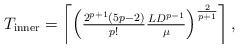
LaTeX: \begin{align*}T_{\textnormal{inner}} = \left\lceil \left(\tfrac{2^{p+1}(5p-2)}{p!}\tfrac{LD^{p-1}}{\mu}\right)^{\frac{2}{p+1}}\right\rceil, \end{align*}